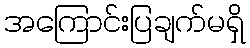
အကြောင်းပြချက်မရှိ